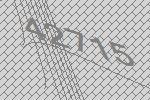
42715